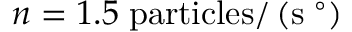
n = 1 . 5 \; \mathrm { p a r t i c l e s } / \left( \mathrm { s } \; ^ { \circ } \right)